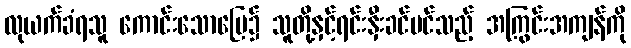
လုယက်ခံရသူ ကောင်းသောမြေ၌ သူတို့နှင့်ရင်းနှီးခင်မင်သည့် အကြွင်းအကျန်ကို